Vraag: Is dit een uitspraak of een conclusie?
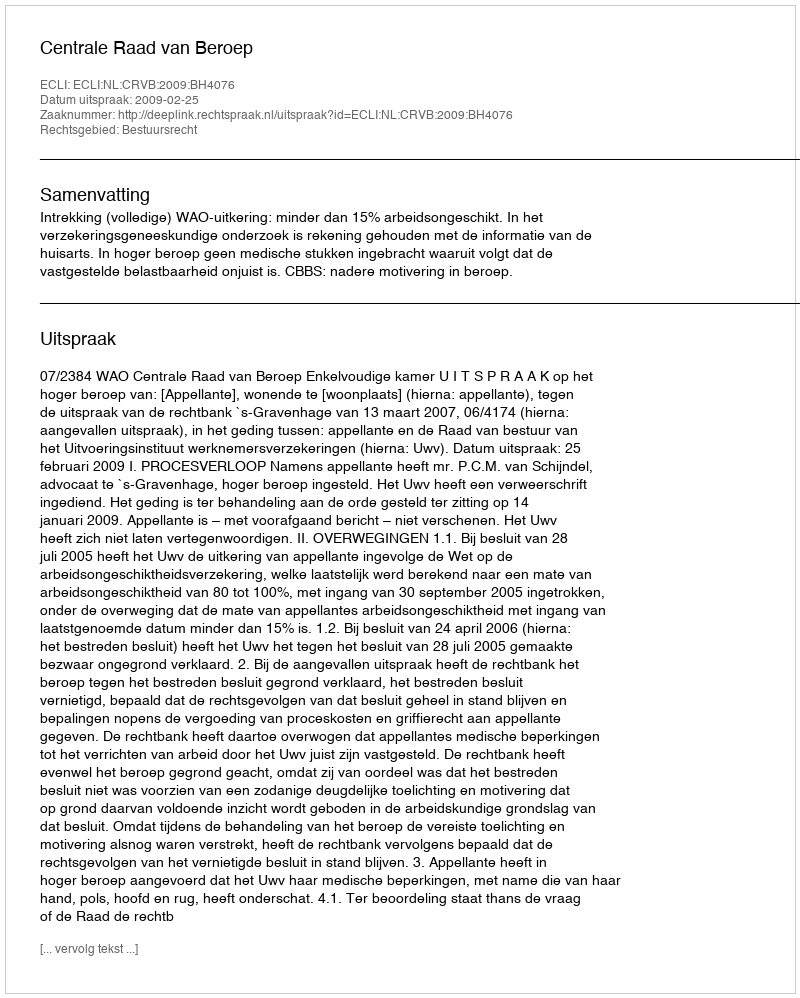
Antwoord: Uitspraak